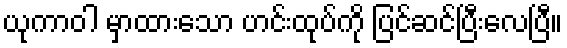
ယုကာဝါ မှာထားသော ဟင်းထုပ်ကို ပြင်ဆင်ပြီးလေပြီ။